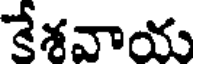
కేశవాయ